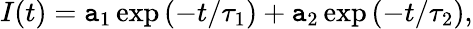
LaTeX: I(t)=\mathtt{a}_{1}\exp\left(-t/\tau_{1}\right)+\mathtt{a}_{2}\exp\left(-t/\tau_{2}\right),